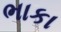
ભાકા